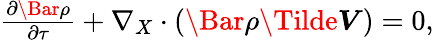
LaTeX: \begin{array}{r}{\frac{\partial\Bar{\rho}}{\partial\tau}+\nabla_{X}\cdot\left(\Bar{\rho}\boldsymbol{\Tilde{V}}\right)=0,}\end{array}